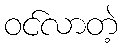
ဝင်လာတဲ့